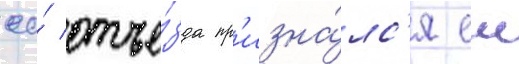
ео́ отъе́зда пр'изна́лс'я еи